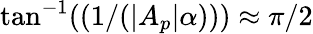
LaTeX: \tan^{-1}((1/(|A_{p}|\alpha)))\approx\pi/2